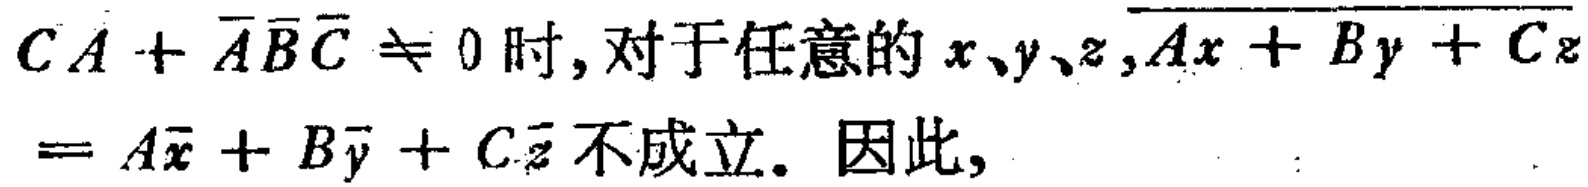
$CA + \overline{A}\overline{B}\overline{C} \neq 0\text{ 时, 对于任意的 }x、y、z,\overline{Ax + By + Cz}= A\overline{x} + B\overline{y} + C\overline{z}\text{ 不成立. 因此, }$